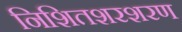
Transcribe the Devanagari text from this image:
निशितशरशरण